Investigations into the jail dietaries of the United Provinces with some observations on the influence of dietary on the physical development and well-being of the people of the United Provinces - Number 48
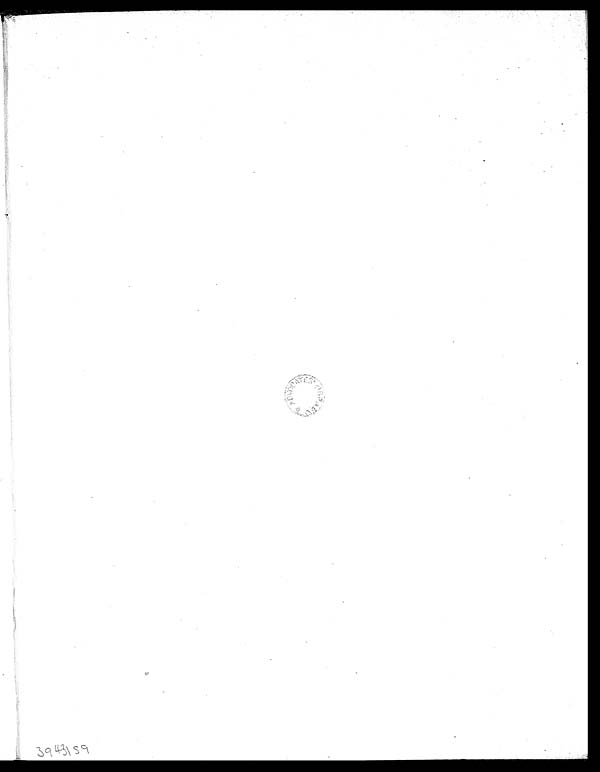
3943159